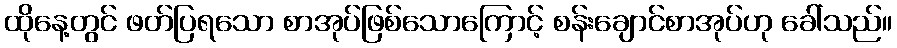
ထိုနေ့တွင် ဖတ်ပြရသော စာအုပ်ဖြစ်သောကြောင့် စန်းချောင်စာအုပ်ဟု ခေါ်သည်။